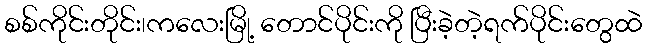
စစ်ကိုင်းတိုင်း၊ကလေးမြို့ တောင်ပိုင်းကို ပြီးခဲ့တဲ့ရက်ပိုင်းတွေထဲ